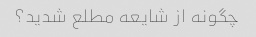
چگونه از شایعه مطلع شدید؟